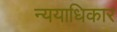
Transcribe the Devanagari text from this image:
न्ययाधिकार